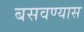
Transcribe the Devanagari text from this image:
बसवण्‍यास